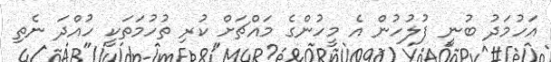
އަހުމަދު ބުނީ ފުލުހުން އެ މީހުންގެ މައްޗަށް ކުރި ތުހުމަތަކީ ހުއްދަ ނެތި